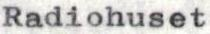
Radiohuset